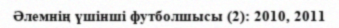
Әлемнің үшінші футболшысы (2): 2010, 2011